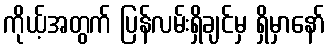
ကိုယ့်အတွက် ပြန်လမ်းရှိချင်မှ ရှိမှာနော်